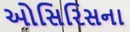
ઓસિરિસના